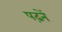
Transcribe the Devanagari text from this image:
पढ़नें